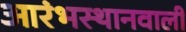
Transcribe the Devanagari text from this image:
आरंभस्थानवाली